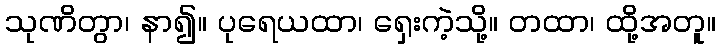
သုဏိတွာ၊ နာ၍။ ပုရေယထာ၊ ရှေးကဲ့သို့။ တထာ၊ ထို့အတူ။